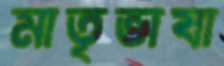
মাতৃভাষা